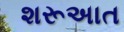
શરૂઅાત